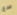
صرع